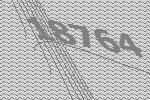
18764